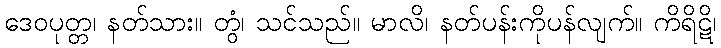
ဒေဝပုတ္တ၊ နတ်သား။ တွံ၊ သင်သည်။ မာလိ၊ နတ်ပန်းကိုပန်လျက်။ ကိရိဋိ၊